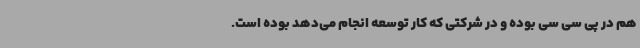
هم در پی سی سی بوده و در شرکتی که کار توسعه انجام می‌دهد بوده است.